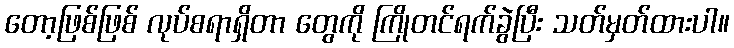
တော့ဖြစ်ဖြစ် လုပ်စရာရှိတာ တွေကို ကြိုတင်ရက်ခွဲပြီး သတ်မှတ်ထားပါ။